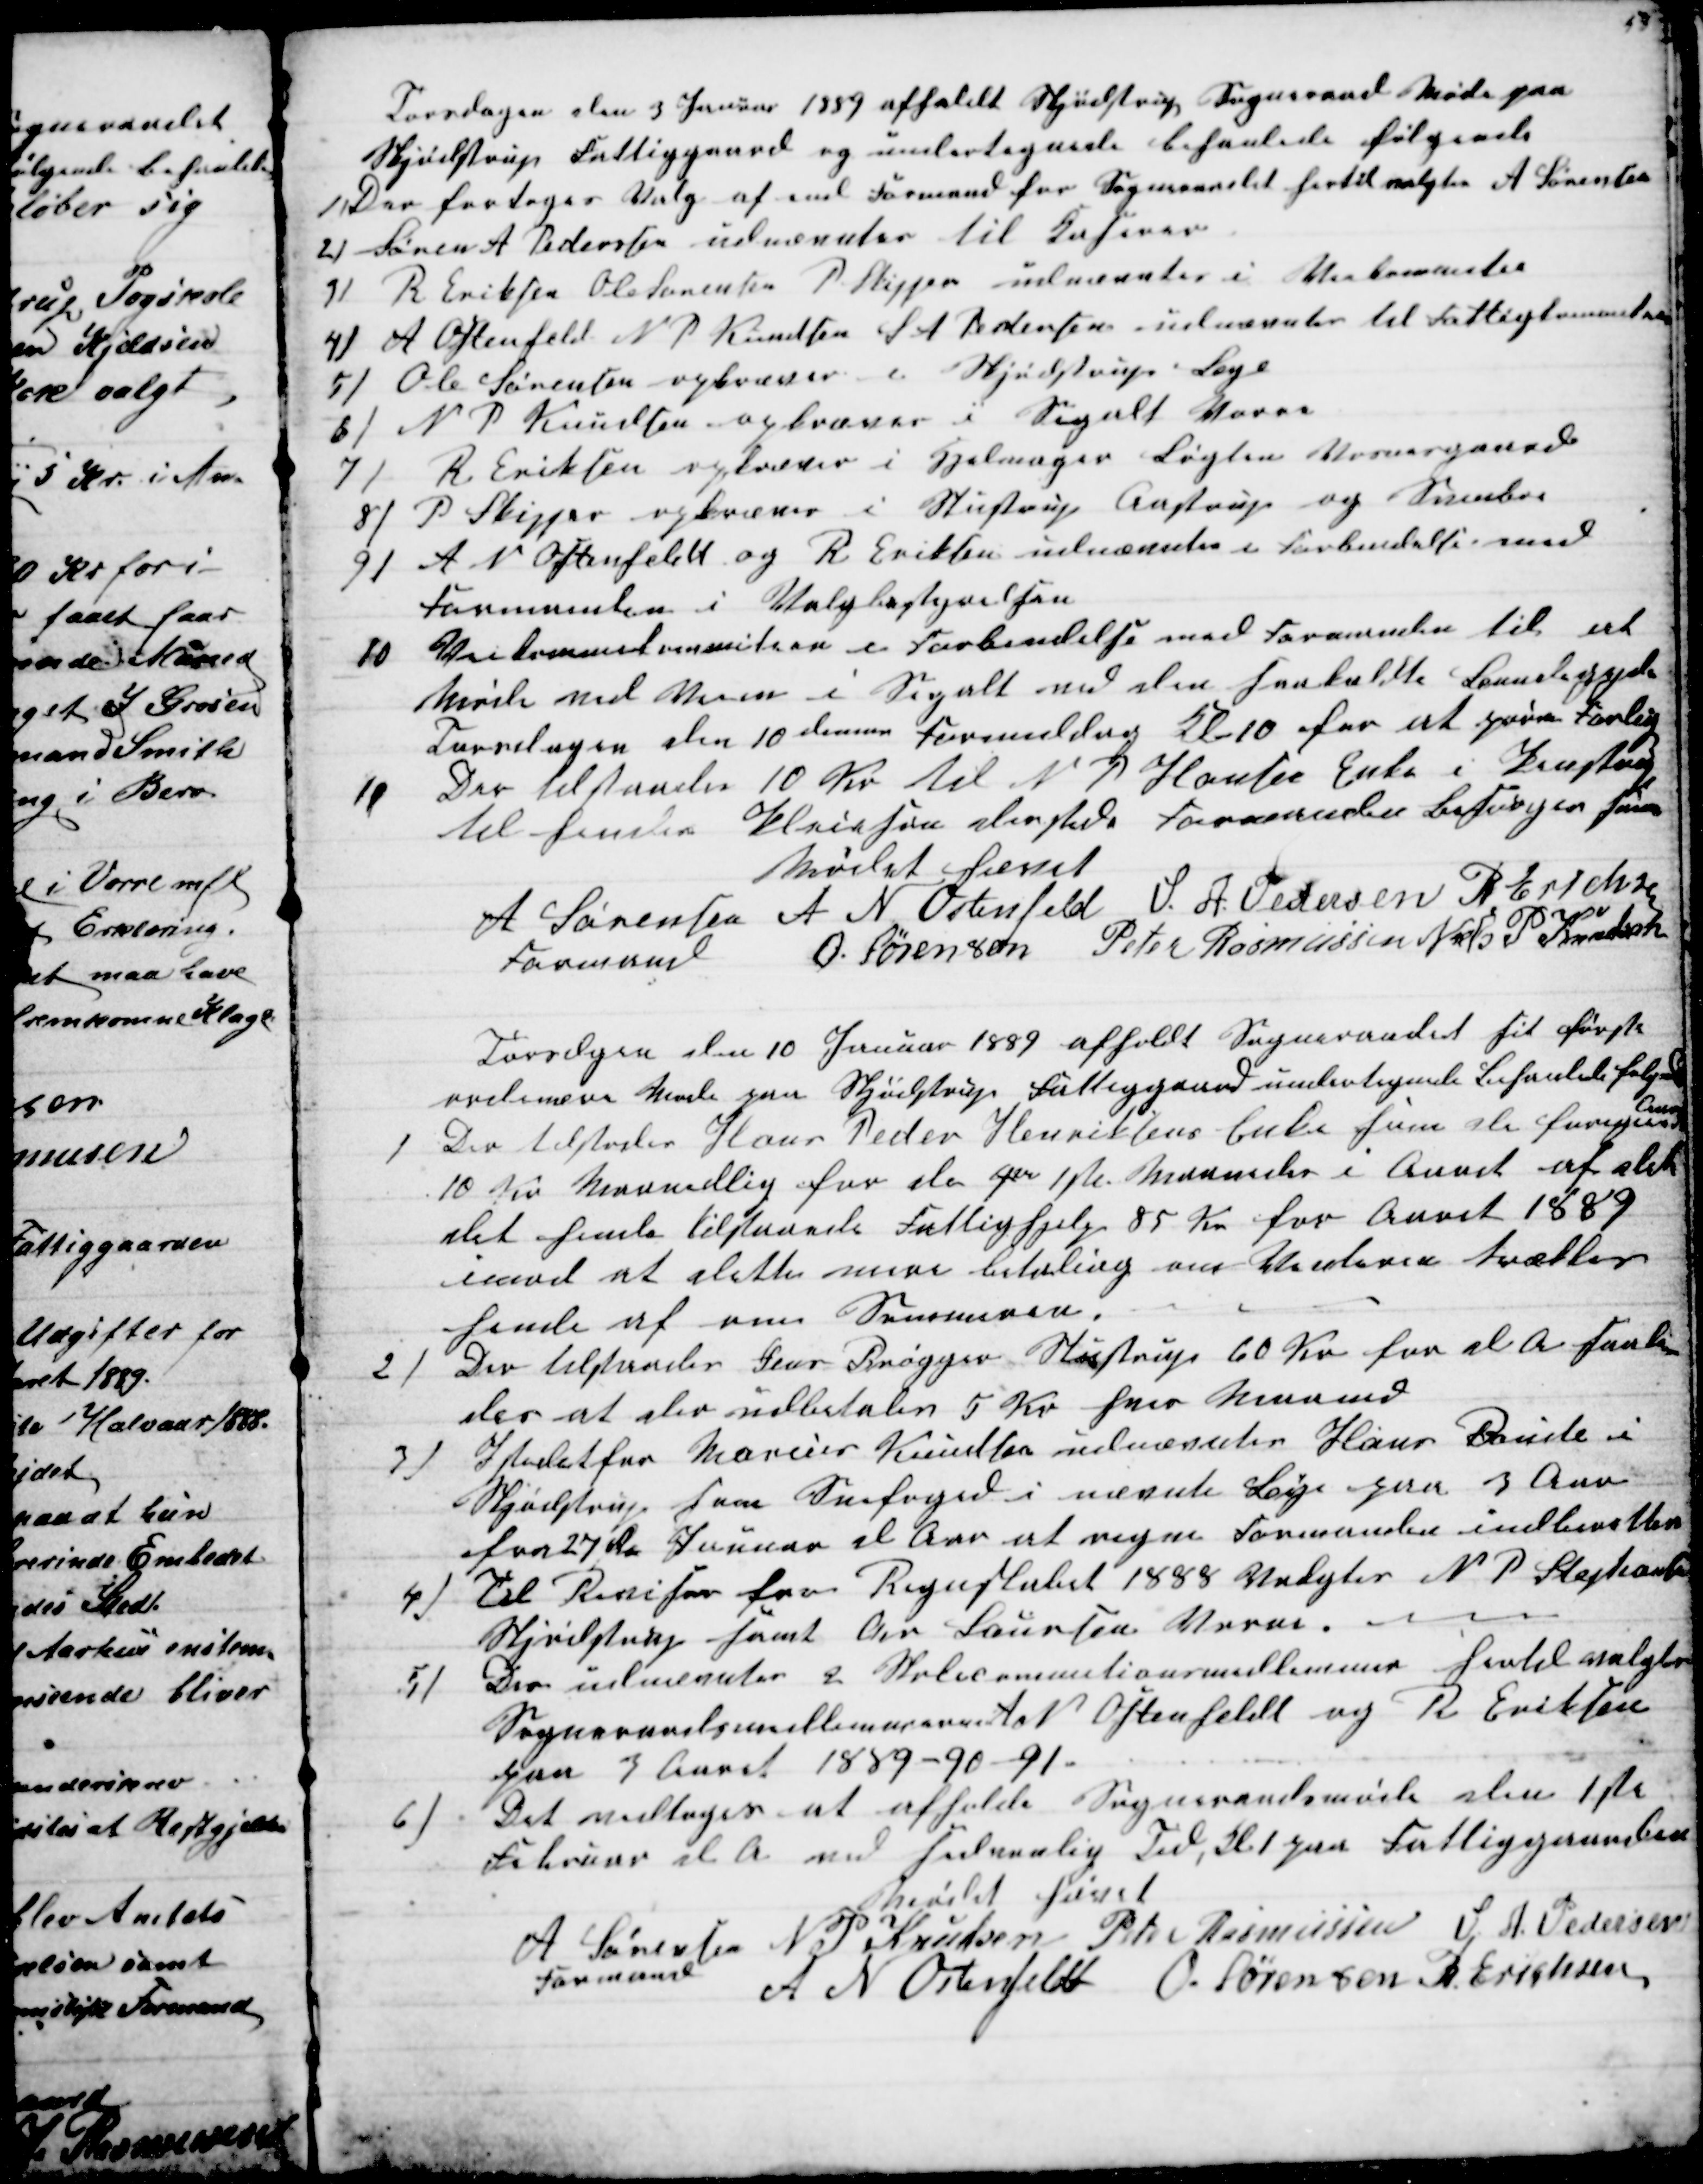
Transskription:
Torsdagen den 3 Januar 1889 afholdt Skjødstrup Sogneraad Møde paa
Skjødstrup Fattiggaard og undertegnede behanlede følgende
1) Der fortoges Valg af end Formand for Sogneraadet hertil valgtes A Sørensen
2) Søren A. Pedersen udnævntes til Kaserer
3) R. Eriksen Ole Sørensen P Skipper udnævntes i Veikommitee
4) A Ostenfeld N P Knudsen S A Pedersen udnævntes til Fattigkommitee
5)
Ole Sørensen opkræver i Skjødstrup Bye
6)
N P Knudsen opkræver i Segalt Vorre
7)
R Eriksen opkræver i Hjelmager Løgten Vosnesgaard
8)
P Skipper opkræver i Stustrup Aastrup og Svinboe
9)
A N Ostenfeldt og R Eriksen udnævntes i Forbindelse med
Formanden i Valgbestyrelsen
10
Veikommekommiteen i Forbindelse med Formanden til at
Møde ved Veien i Segalt ved den saakaldte Bundegyde
Torsdagen den 10 dennes Formiddag Kl. 10 for at gøre Forlig
11
Der tilstodes 10 Kr til N P Hansen Enke i Penstrup
til hendes Pleiesøn dersted. Formanden Besørger samme
Mødet hævet
A Sørensen 
Formand
A N Ostenfeld S. A. Pedersen R Erichsen
O. Sørensen Peter Rasmussen Niels P Knudsen
Torsdagen den 10 Januar 1889 afholdt Sogneraadet sit første
ordinære Møde paa Skjødstrup Fattiggaard undertegnede Behanlede følgende
1
Der tilstodes Hans Peder Henriksens Enke som de foregaaende
Aar
10 pr Maanedlig for de 4er 1ste Maaneder i Aaret af det
det hende tilstaaede Fattighjelp 85 Kr for Aaret 1889
imod at dette mere betaling om Vinteren trækkes
hende af om Sommeren.
2)
Der tilstodes Jens Brøgger Stustrup 60 Kr for d A saale-
des at der udbetales 5 Kr hver Maaned
3)
Istedet for Marius Knudsen udnævntes Hans Bonde i
Skjødstrup som Snefoged i nævnte Bye paa 3 Aar
fra 27de Januar d Aar at regne Formanden indberetter
4)
Til Revisor for Regnskabet 1888 Valgtes N P Stephansen
Skjødstrup samt Chr Laursen Vorre.
5)
Der udnævntes 2 Skolecommitionsmedlemmer hertil valgtes
Sogneraadsmedlemmerne A N Ostenfeldt og R Eriksen
paa 3 Aaret 1889-90-91.
6)
Det vedtoges at afholde Sogneraadsmøde den 1ste
Februar d A ved sedvanlig Tid, Kl 1 paa Fattiggaarden
Mødet hævet
A Sørensen 
Formand
N P Knudsen Peter Rasmussen S. A. Pedersen
A N Ostenfeldt O. Sørensen R. Erichsen